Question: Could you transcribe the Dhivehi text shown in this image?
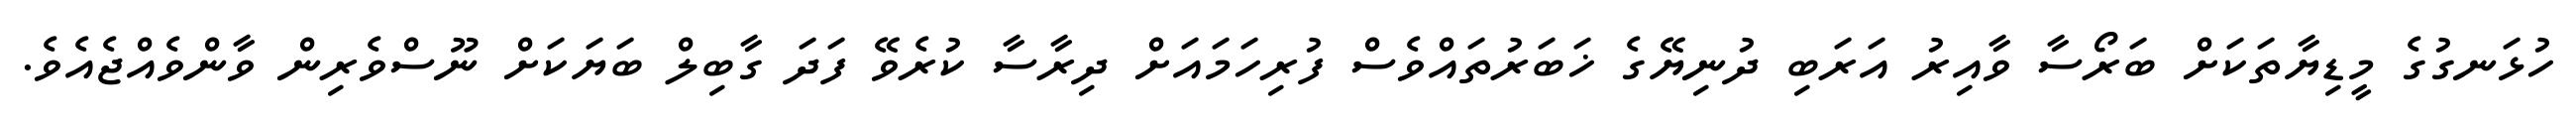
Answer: ހުޅަނގުގެ މީޑިޔާތަކަށް ބަރޯސާ ވާއިރު އަރަބި ދުނިޔޭގެ ޚަބަރުތައްވެސް ފުރިހަމައަށް ދިރާސާ ކުރެވޭ ފަދަ ގާބިލް ބަޔަކަށް ނޫސްވެރިން ވާންވެއްޖެއެވެ.